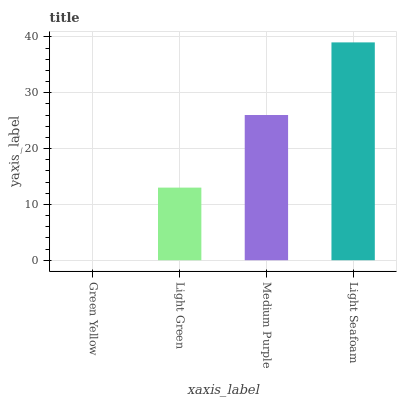
| xaxis_label | bars |
 | --- | --- |
 | Green Yellow | 0 |
 | Light Green | 13 |
 | Medium Purple | 26 |
 | Light Seafoam | 39 |